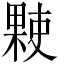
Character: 𬃻